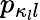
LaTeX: p_{\kappa_{l}l}